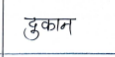
मजकूर: दुकान